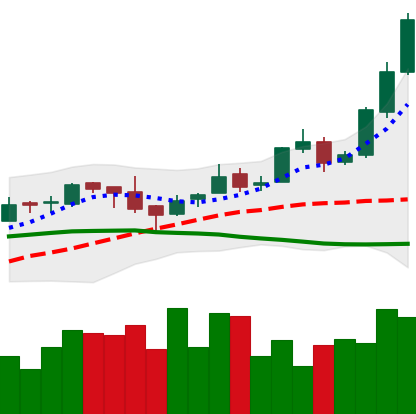
Ticker: BTC-USD
Chart end date: 2016-04-21
Forward return: 3.708%
Label: up_3_5